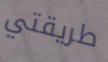
طريقتي